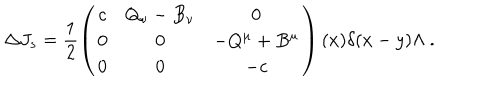
LaTeX: \Delta J _ { s } = \frac { 1 } { 2 } \left( \begin{array} { c c c } { { c } } & { { Q _ { \nu } - B _ { \nu } } } & { { 0 } } \\ { { 0 } } & { { 0 } } & { { - Q ^ { \mu } + B ^ { \mu } } } \\ { { 0 } } & { { 0 } } & { { - c } } \\ \end{array} \right) ( x ) \delta ( x - y ) \Lambda \ .